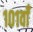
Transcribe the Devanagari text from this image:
१०१वाँ